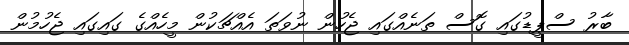
ބާރު ސްޕީޑުގައި ގޮސް ތަނެއްގައި ޖެހުން ނުވަތަ އެއްޗަކުން މީހެއްގެ ގައިގައި ޖެހުމުން